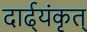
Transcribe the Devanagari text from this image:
दार्ढ्‌यंकृत्